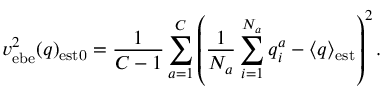
v _ { \mathrm { e b e } } ^ { 2 } ( q ) _ { \mathrm { e s t 0 } } = { \frac { 1 } { C - 1 } } \sum _ { a = 1 } ^ { C } \left( { \frac { 1 } { N _ { a } } } \sum _ { i = 1 } ^ { N _ { a } } q _ { i } ^ { a } - \langle q \rangle _ { \mathrm { e s t } } \right) ^ { 2 } .